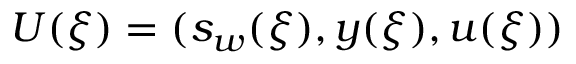
U ( \xi ) = ( s _ { w } ( \xi ) , y ( \xi ) , u ( \xi ) )